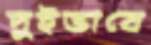
দুইভাবে